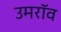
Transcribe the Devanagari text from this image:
उमरॉव